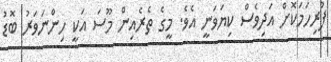
ފުރިހަމަކޮށް އަދިވެސް ކިޔަވަނީ އެވެ. މީގެ ތެރެއިން މޫސަ އަކީ ހިންނަވަރު ބޮޑު